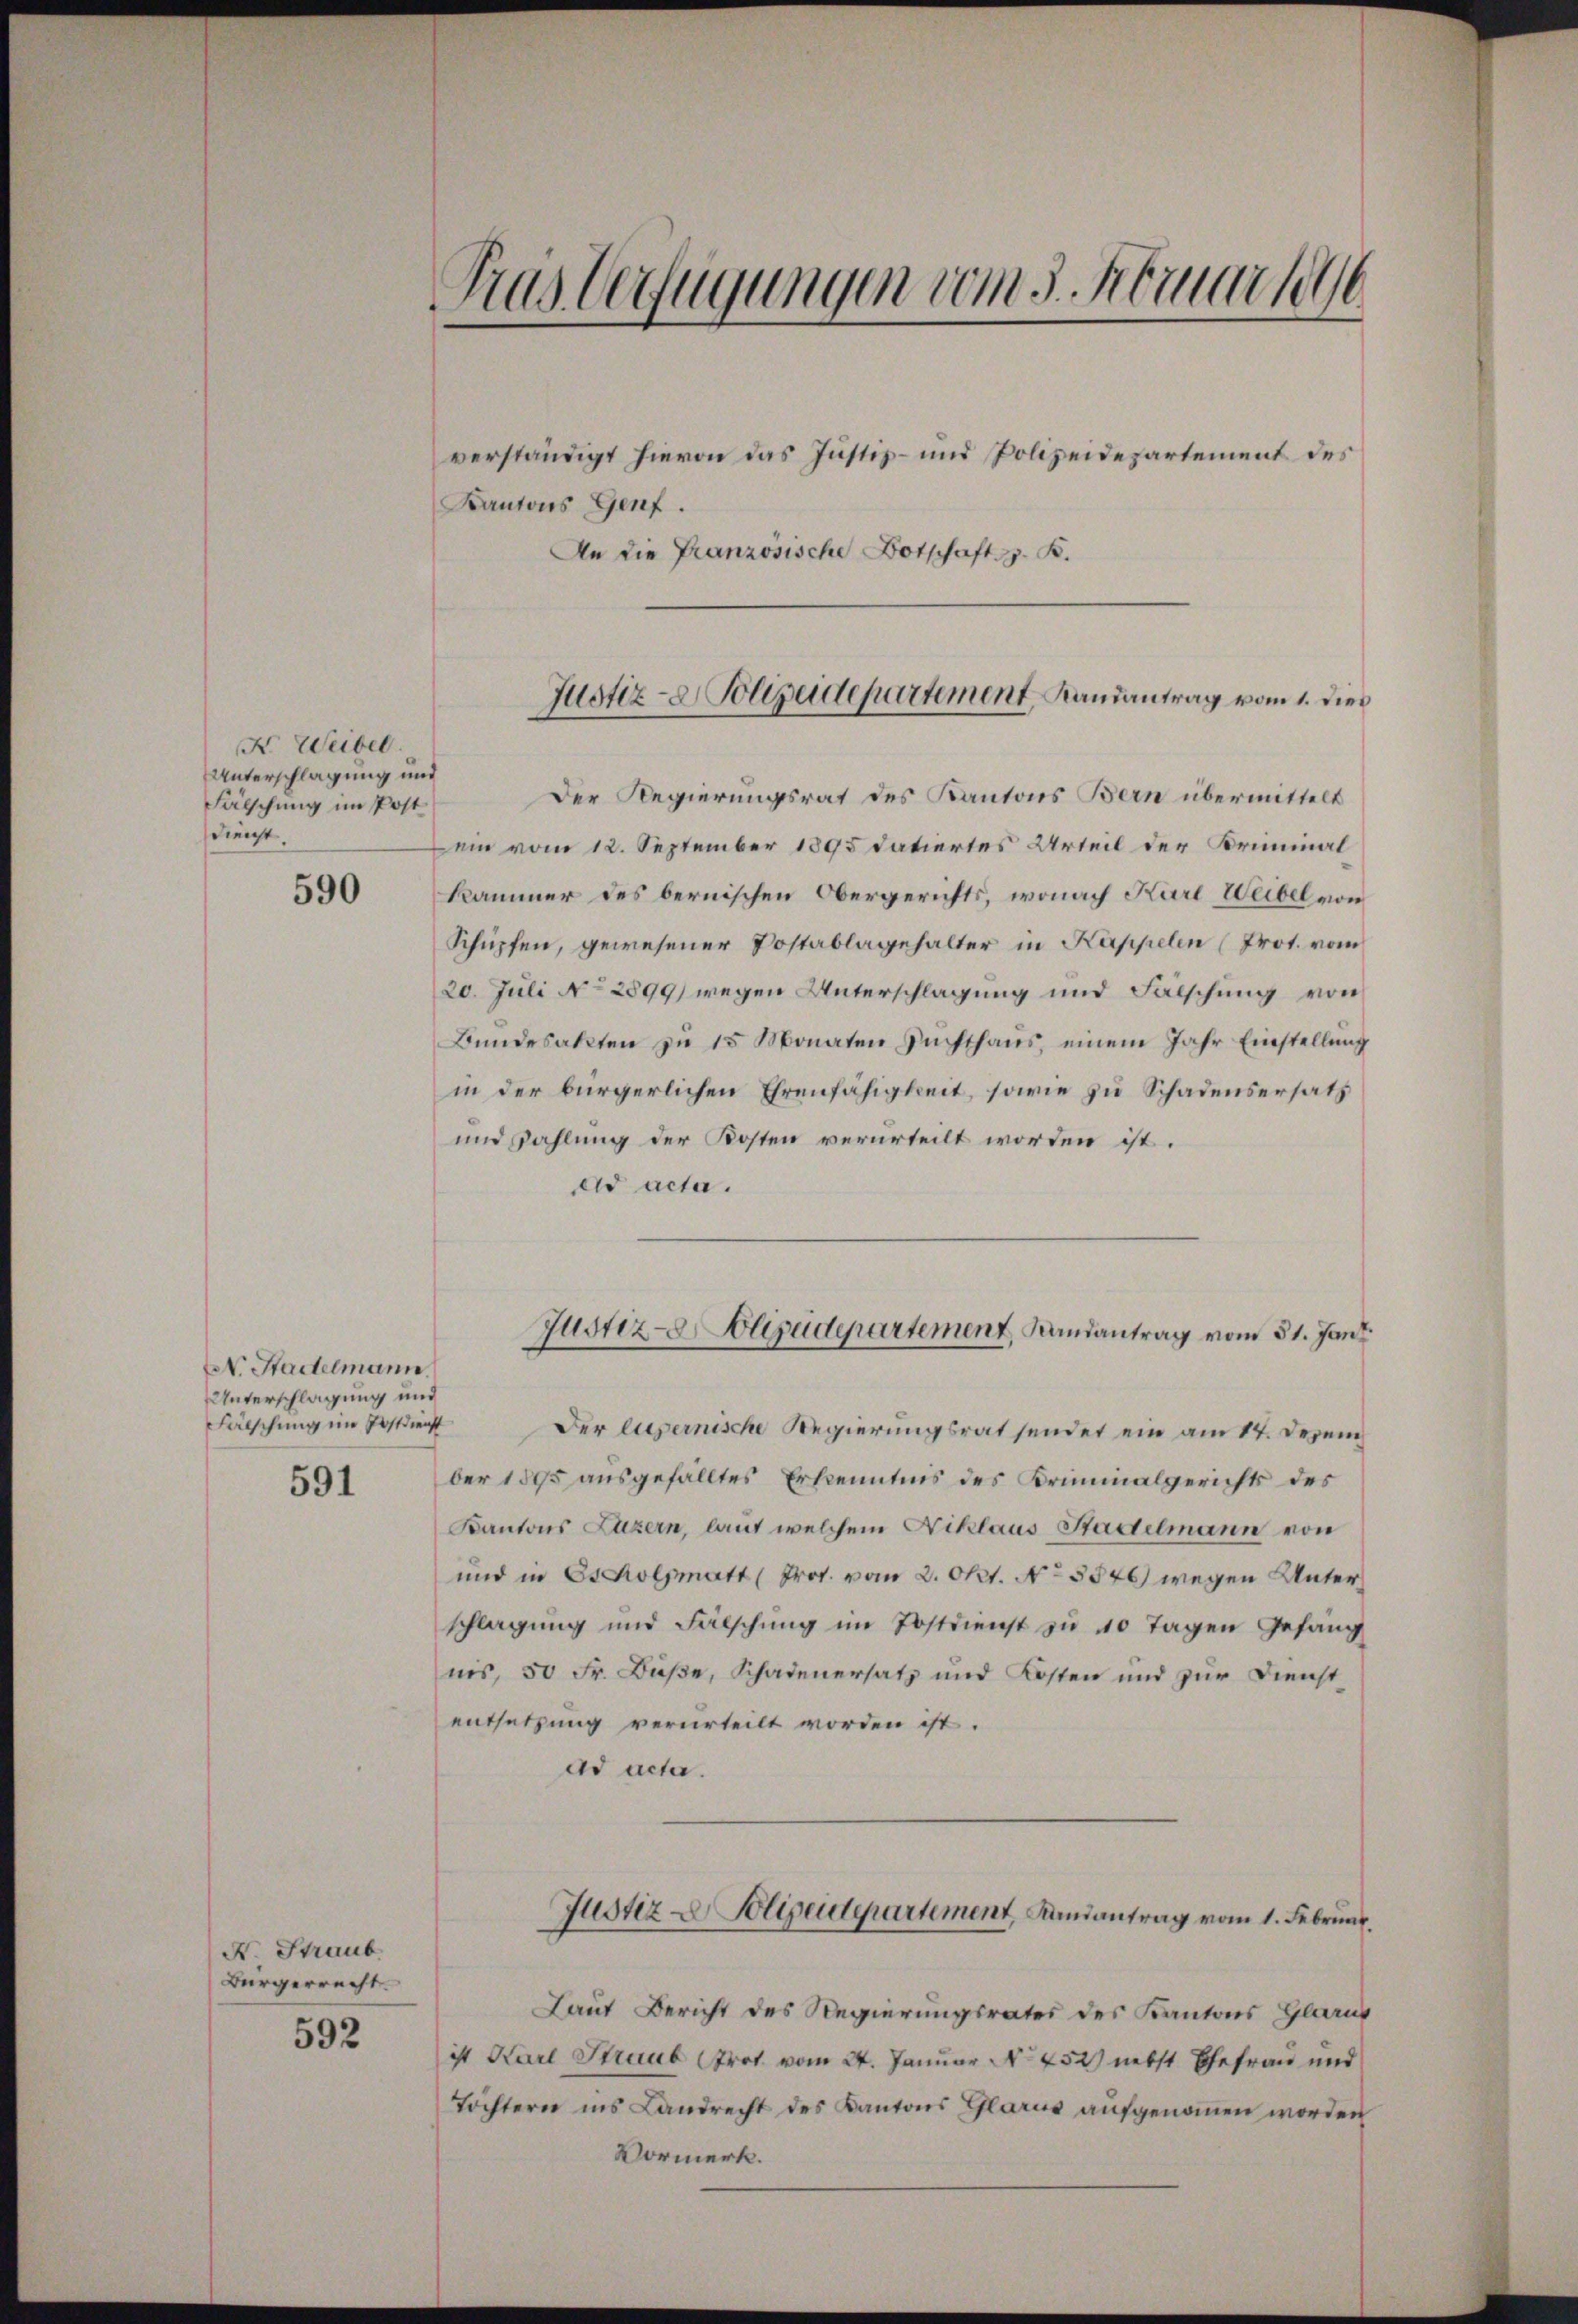
X Weibel.
Unterschlagung und
Fälschung im Post
Dieacht.

590

N. Stadtelmann.
Unterschlagung und
Fälschung im Postdienst
591

N. Straub
Bürgerrecht.
592

Tras Verfügungen vom 5. Februar 1896

Kantons Genf.
An die Französische Botschaft z. B.

verständigt hievon das Justiz- und Polizeidepartement des

Der Regierungsrat des Kantons Bern übermittelt
ein vom 12. September 1895 datiertes Urteil der Kriminal¬
Kammer des bernischen Obergerichts, wonach Karl Weibel von
Schüpfen, gewesener Postablagehalter in Kappelen (Prot. vom
20. Juli No 2899) wegen Unterschlagung und Fälschung von
Bŭndesakten zŭ 15 Monaten Suchthaŭs, einem Jahr Einstellŭng
in der bürgerlichen Ehrenfähigkeit, sowie zu Schadensersatz
und Zahlung der Kosten verurteilt worden ist.
dd acta.
Der Eupernische Regierungsrat sendet ein am 17. Dezem
ber 1895 ausgefälltes Erkenntnis des Kriminalgerichts des
Kantons Luzern, laut welchem Niklaus Stadelmann von
und in Escolpmatt (Prot. vom 2. Okt. No 3576) wegen Unterschlagung und Fälschung im Postdienst zu 40 Tagen Gefäng
nis, 50 Fr. Buße, Schadenersatz und Kosten und zur Dienst
entsetzung verurteilt worden ist.
ad acta.
Justiz- & Polizeiderartement, Landantrag vom 1. Februar.
.
Laut Bericht des Regierungsrates des Kantons Glarus
ist Karl Straub Prot vom 24. Januar No. 452) nebst Ehefrau und
Töchtern ins Landrecht des Kantons Glarus aufgenommen worden
Vormerk.

Justiz- & Polizeidepartement Randantrag vom 1. dies

Justiz- Polizeidepartement, Landantrag vom 31. Jani